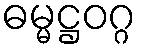
ဓမ္မဋ္ဌဝဂ္ဂ